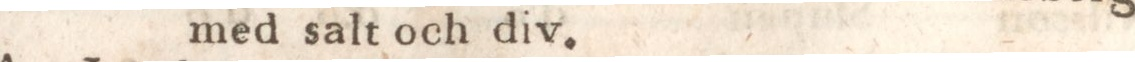
med salt och div.